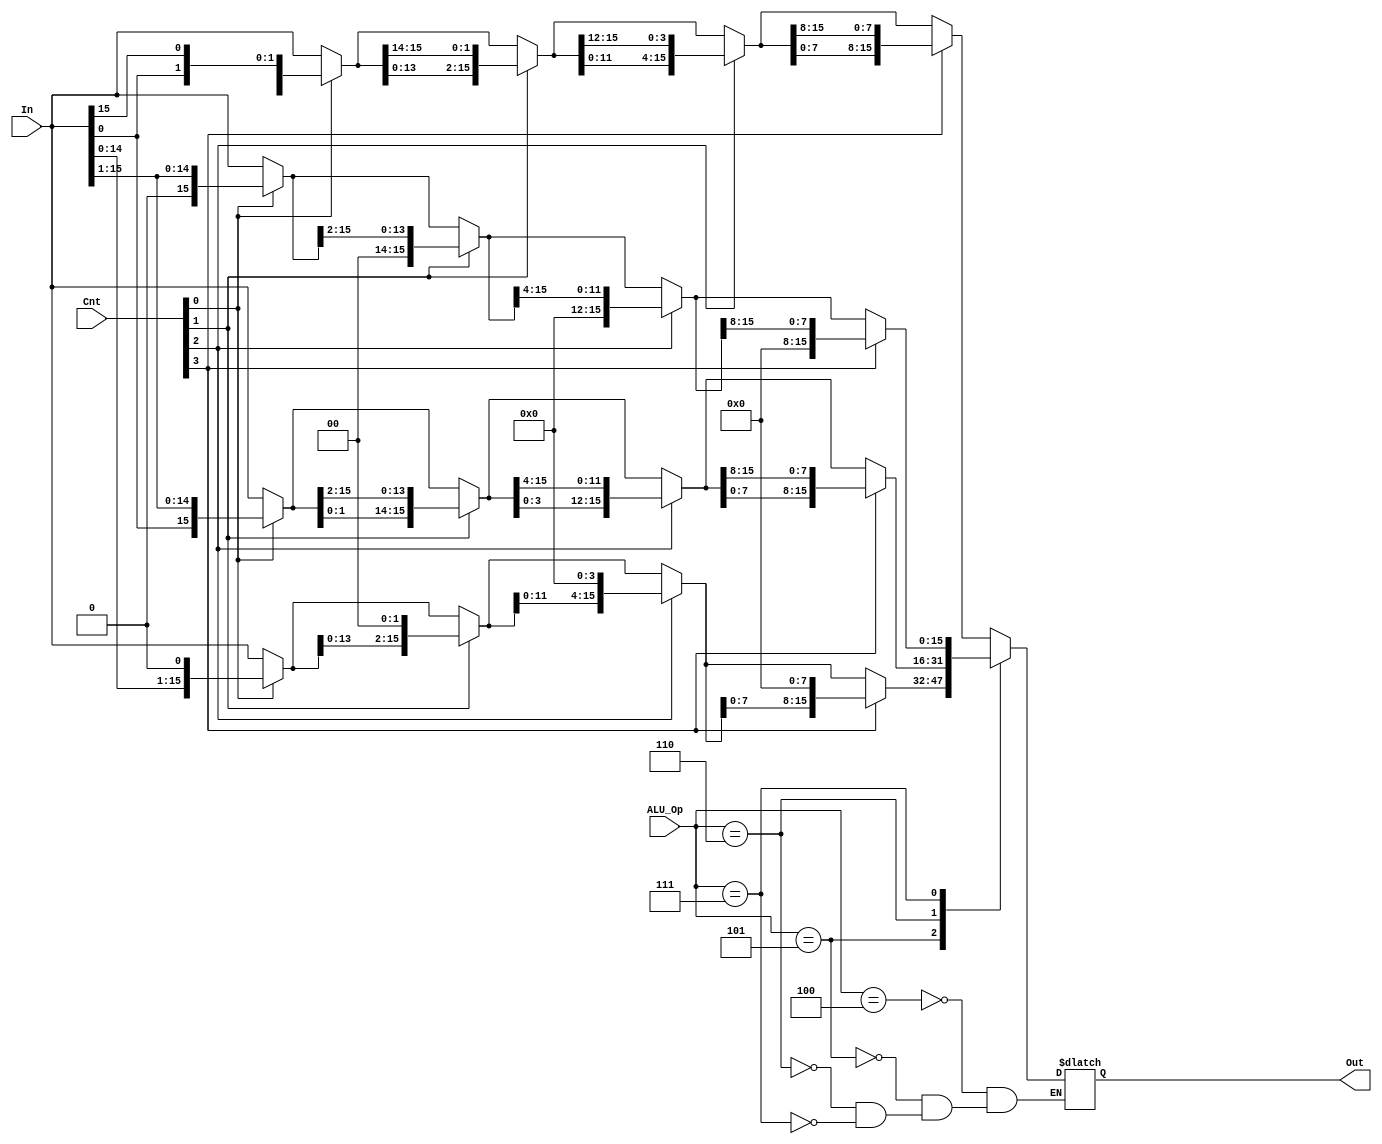
module shifter (In, Cnt, ALU_Op, Out);

	input [15:0] In;
	input [3:0]  Cnt;
	input [3:0]  ALU_Op;
	output [15:0] Out;

	reg [15:0] shiftIntermediate1;
	reg [15:0] shiftIntermediate2;
	reg [15:0] shiftIntermediate3;
	reg [15:0] shiftIntermediate4;
	
	assign Out = shiftIntermediate4;
	
	always @(*)	begin
		case (ALU_Op)
			// rotate left
			4: begin
				shiftIntermediate1 = Cnt[0] == 1 ? {In[14:0], In[15]} : In;
				shiftIntermediate2 = Cnt[1] == 1 ? {shiftIntermediate1[13:0], shiftIntermediate1[15:14]} : shiftIntermediate1;
				shiftIntermediate3 = Cnt[2] == 1 ? {shiftIntermediate2[11:0], shiftIntermediate2[15:12]} : shiftIntermediate2;
				shiftIntermediate4 = Cnt[3] == 1 ? {shiftIntermediate3[7:0], shiftIntermediate3[15:8]} : shiftIntermediate3;
			end
			
			// shift left
			5: begin
				shiftIntermediate1 = Cnt[0] == 1 ? In << 1 : In;
				shiftIntermediate2 = Cnt[1] == 1 ? shiftIntermediate1 << 2 : shiftIntermediate1;
				shiftIntermediate3 = Cnt[2] == 1 ? shiftIntermediate2 << 4 : shiftIntermediate2;
				shiftIntermediate4 = Cnt[3] == 1 ? shiftIntermediate3 << 8 : shiftIntermediate3;
			end
			
			// rotate right
			6: begin
				shiftIntermediate1 = Cnt[0] == 1 ? {In[0], In[15:1]} : In;
				shiftIntermediate2 = Cnt[1] == 1 ? {shiftIntermediate1[1:0], shiftIntermediate1[15:2]} : shiftIntermediate1;
				shiftIntermediate3 = Cnt[2] == 1 ? {shiftIntermediate2[3:0], shiftIntermediate2[15:4]} : shiftIntermediate2;
				shiftIntermediate4 = Cnt[3] == 1 ? {shiftIntermediate3[7:0], shiftIntermediate3[15:8]} : shiftIntermediate3;
			end
			
			// shift right logical
			7: begin
				shiftIntermediate1 = Cnt[0] == 1 ? In >> 1 : In;
				shiftIntermediate2 = Cnt[1] == 1 ? shiftIntermediate1 >> 2 : shiftIntermediate1;
				shiftIntermediate3 = Cnt[2] == 1 ? shiftIntermediate2 >> 4 : shiftIntermediate2;
				shiftIntermediate4 = Cnt[3] == 1 ? shiftIntermediate3 >> 8 : shiftIntermediate3;
			end

		endcase
	end
	
endmodule